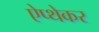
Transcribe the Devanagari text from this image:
ऐप्थेकर